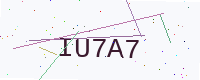
Text: IU7A7